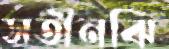
সতীনঝি